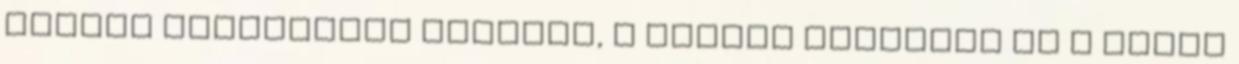
Sándor Művelődési Központ, a Városi Könyvtár és a HUMÁN